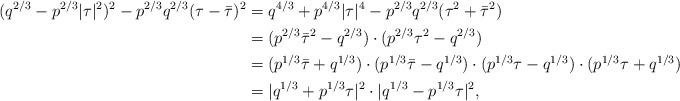
LaTeX: \begin{align*}(q^{2/3}-p^{2/3}|\tau|^2)^2-p^{2/3}q^{2/3}(\tau-\Bar{\tau})^2 &= q^{4/3}+p^{4/3}|\tau|^4-p^{2/3}q^{2/3}(\tau^2+\Bar{\tau}^2)\\ &= (p^{2/3}\Bar{\tau}^2-q^{2/3})\cdot (p^{2/3}\tau^2-q^{2/3})\\&=(p^{1/3}\Bar{\tau}+q^{1/3})\cdot (p^{1/3}\Bar{\tau}-q^{1/3})\cdot (p^{1/3}\tau-q^{1/3})\cdot (p^{1/3}\tau+q^{1/3})\\&=|q^{1/3}+p^{1/3}\tau|^2\cdot |q^{1/3}-p^{1/3}\tau|^2,\\ \end{align*}